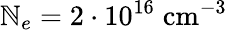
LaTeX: \mathbb{N}_{e}=2\cdot10^{16}\; \textrm{{cm}}^{-3}